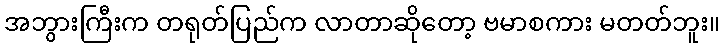
အဘွားကြီးက တရုတ်ပြည်က လာတာဆိုတော့ ဗမာစကား မတတ်ဘူး။